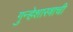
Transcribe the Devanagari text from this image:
गुन्हेशास्त्राची